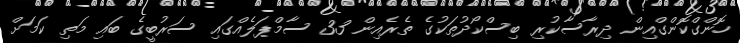
ހޮންގްކޮންގްއިން ދިރާސާކުރި ބިސްކޯދުތަކުގެ ތެރެއިން 33 ސާމްޕަލެއްގައި ސަރުބީގެ ބައި މަތި ކަމަށް